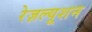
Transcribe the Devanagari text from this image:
रेज़ल्यूशन